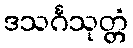
ဒသင်္ဂသုတ္တံ